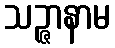
သဉ္ဇာနာမ